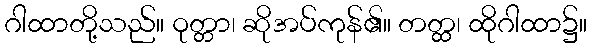
ဂါထာတို့သည်။ ဝုတ္တာ၊ ဆိုအပ်ကုန်၏။ တတ္ထ၊ ထိုဂါထာ၌။